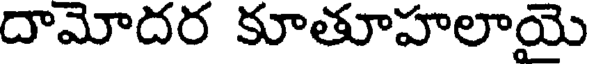
దామోదర కూతూహలాయై